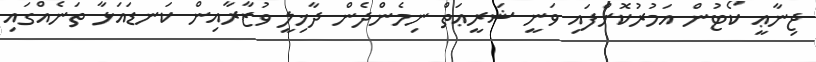
ޖިނާޢީ ކޯޓުން އަމުރުކޮށްފައި ވަނީ ޝަރީޢަތް ނިމެންދެން ދާޚިލީ ވުޒާރާއިން ކަނޑައަޅާ ތަނެއްގައި